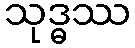
သုဒ္ဓဿ